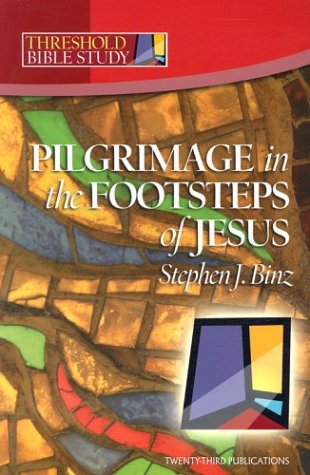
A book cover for Threshold Bible Study: Pilgrimage in the Footsteps of Jesus; Stephen J. Binz; Christian Books & Bibles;